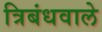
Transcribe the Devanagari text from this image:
त्रिबंधवाले